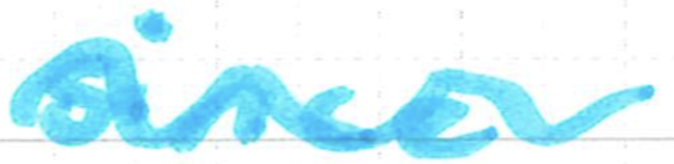
Text: since.
Cross-out: wave
Writing tool: marker